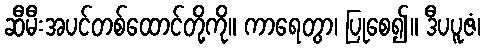
ဆီမီးအပင်တစ်ထောင်တို့ကို။ ကာရေတွာ၊ ပြုစေ၍။ ဒီပပူဇံ၊